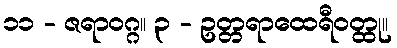
၁၁ - ဇရာဝဂ္ဂ။ ၃ - ဥတ္တရာထေရီဝတ္ထု။